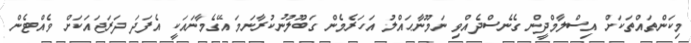
މިކަންތައްތަކަށް އިސްލާމްދީން ގެނެސްދެއްވި ނަމޫނާޙައްލު އަހަރެމެން ގަބޫލުނުކުރާނަމަ އޭގެމާނައަކީ އެފަދަ ދަރަޖައަކަށް ވެއްޓެން